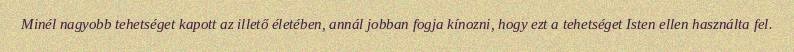
Minél nagyobb tehetséget kapott az illető életében, annál jobban fogja kínozni, hogy ezt a tehetséget Isten ellen használta fel.